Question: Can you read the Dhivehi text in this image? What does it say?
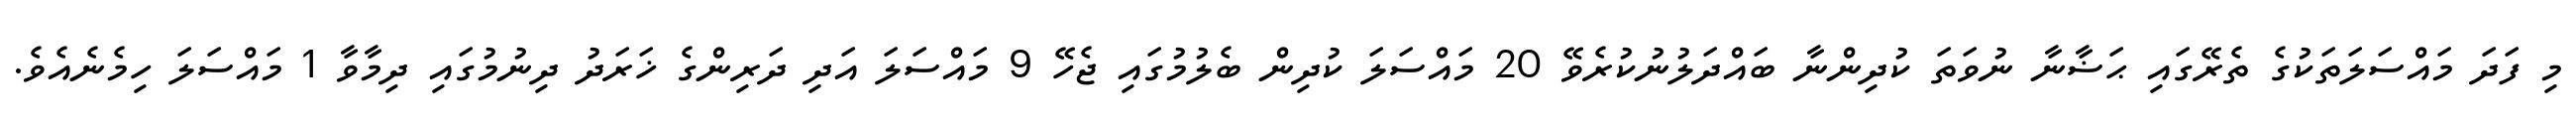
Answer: މި ފަދަ މައްސަލަތަކުގެ ތެރޭގައި ޙަޟާނާ ނުވަތަ ކުދިންނާ ބައްދަލުނުކުރެވޭ 20 މައްސަލަ ކުދިން ބެލުމުގައި ޖެހޭ 9 މައްސަލަ އަދި ދަރިންގެ ޚަރަދު ދިނުމުގައި ދިމާވާ 1 މައްސަލަ ހިމެނެއެވެ.